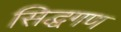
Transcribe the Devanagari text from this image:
सिद्धगण